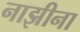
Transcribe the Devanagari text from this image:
नाझीना